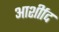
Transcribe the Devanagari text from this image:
आर्शीाद